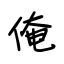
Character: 俺